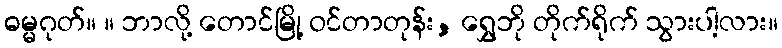
ဓမ္မဂုတ်။ ။ ဘာလို့ တောင်မြို့ ဝင်တာတုန်း, ရွှေဘို တိုက်ရိုက် သွားပါ့လား။